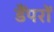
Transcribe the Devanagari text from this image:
डैंपरों